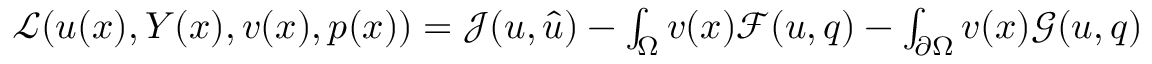
\begin{array} { r } { \mathcal { L } ( u ( x ) , Y ( x ) , v ( x ) , p ( x ) ) = \mathcal { J } ( u , \hat { u } ) - \int _ { \Omega } v ( x ) \mathcal { F } ( u , q ) - \int _ { \partial \Omega } v ( x ) \mathcal { G } ( u , q ) } \end{array}